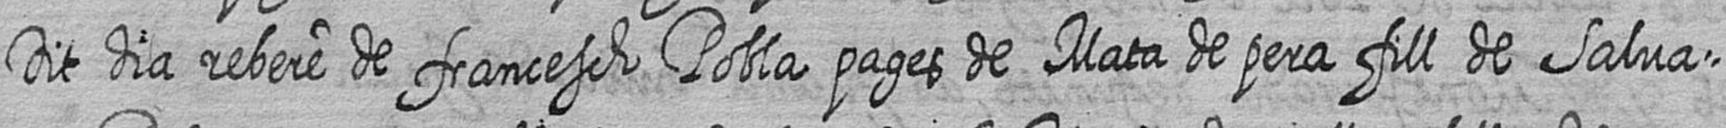
Dit dia rebere de francesch Pobla pages de Mata de pera fill de Salva=